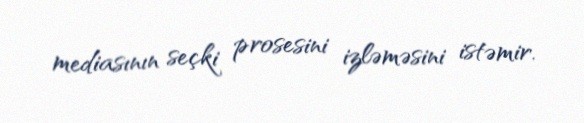
mediasının seçki prosesini izləməsini istəmir.